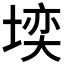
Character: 𪣼